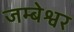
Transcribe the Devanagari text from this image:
जम्बेश्वर